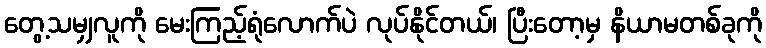
တွေ့သမျှလူကို မေးကြည့်ရုံလောက်ပဲ လုပ်နိုင်တယ်၊ ပြီးတော့မှ နိယာမတစ်ခုကို